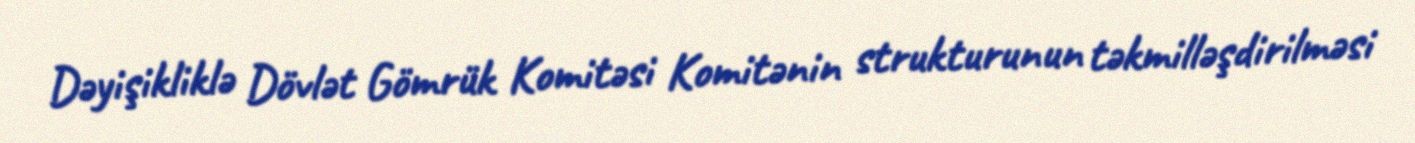
Dəyişikliklə Dövlət Gömrük Komitəsi Komitənin strukturunun təkmilləşdirilməsi